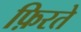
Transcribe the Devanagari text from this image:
फ़िरते